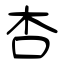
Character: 杏